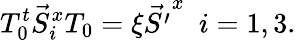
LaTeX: T_{0}^{t}\vec{S}_{i}^{x}T_{0}=\xi\vec{S^{\prime}}^{x}\ \ i=1,3.